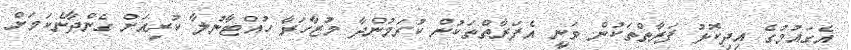
އެގައުމުގެ އިދިކޮޅު ފަރާތްތަކުން ވަނީ އެފަރާތްތަކުން ކުރަމުންދާ މުޒާހަރާ ހުއްޓާނުލާ ކުރިއަށް ގެންދާނެކަމަށް